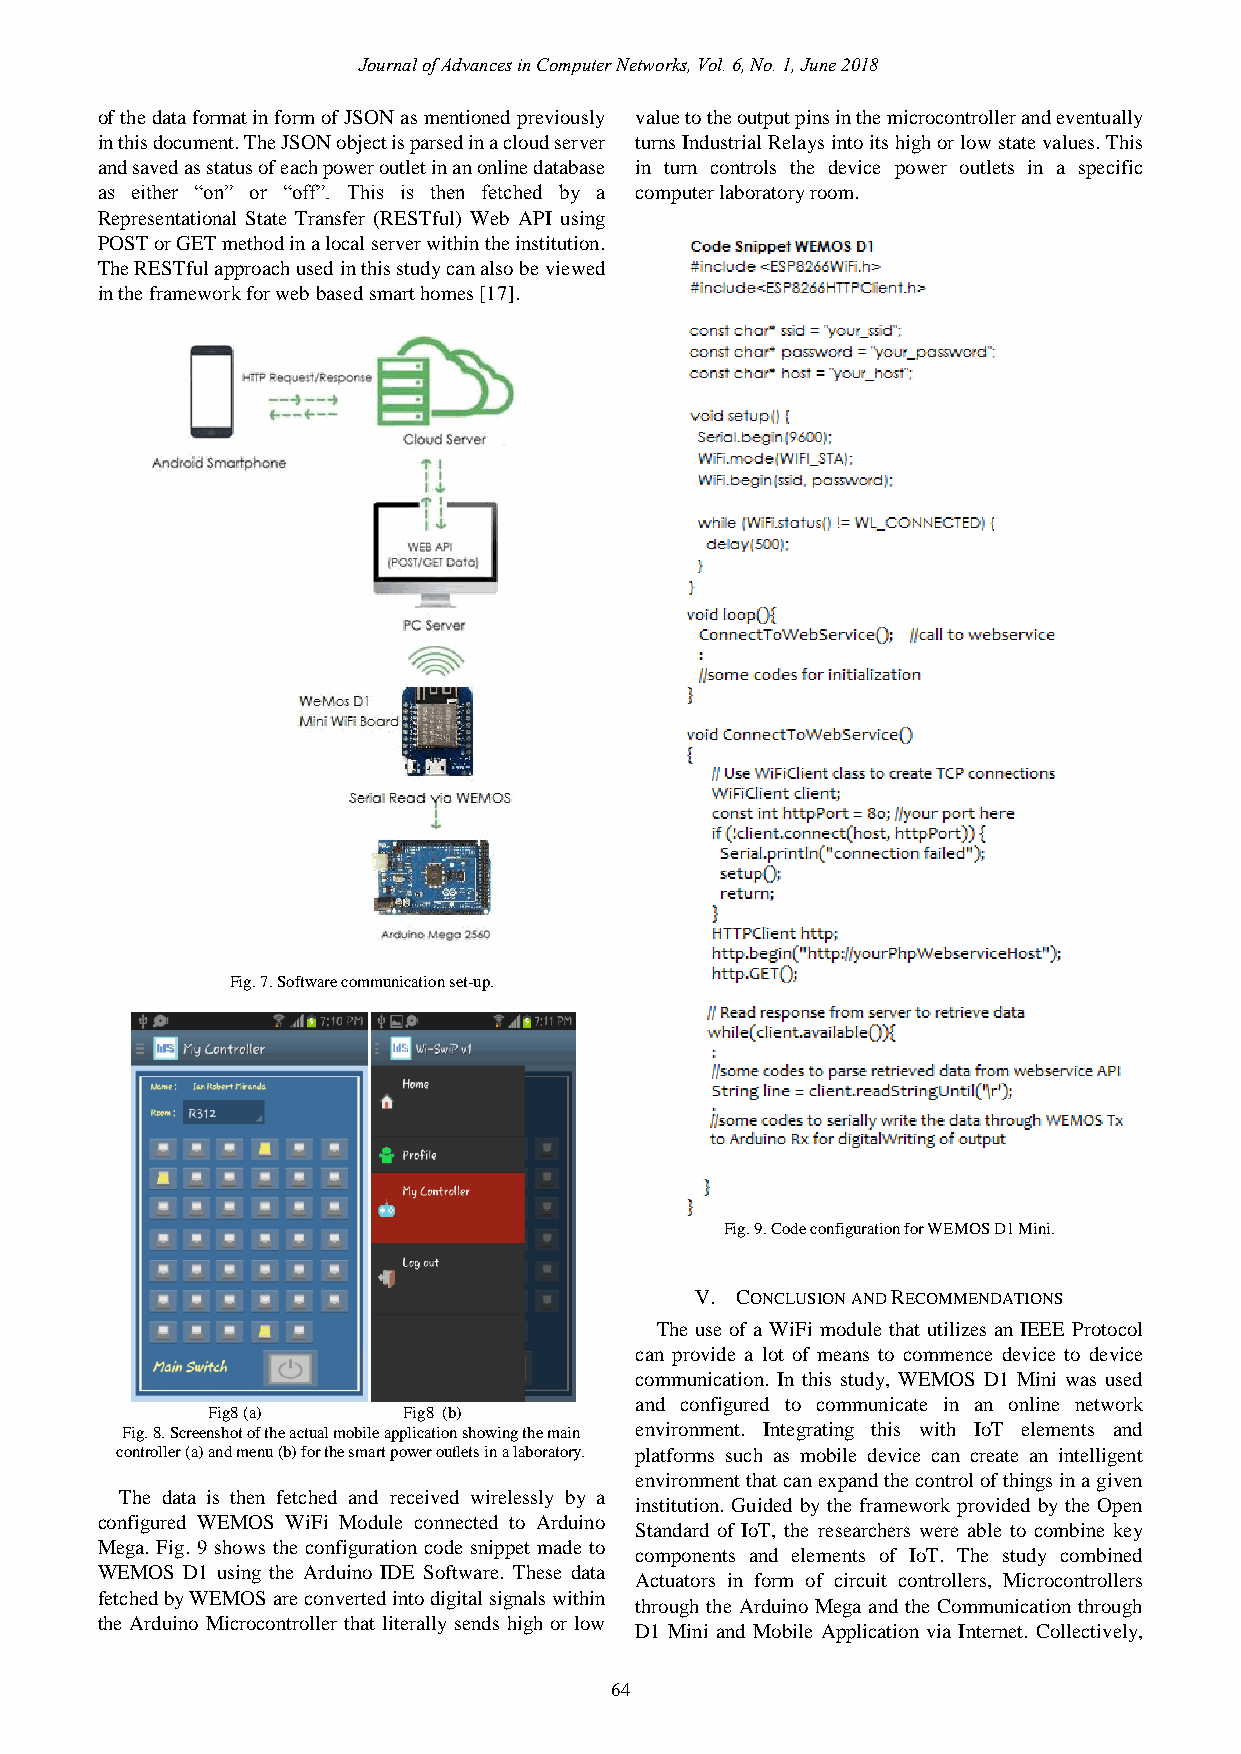
Journal of Advances in Computer Networks, Vol. 6, No. 1, June 2018
 of the data format in form of JSON as mentioned previously value to the output pins in the microcontroller and eventually
 in this document. The JSON object is parsed in a cloud server turns Industrial Relays into its high or low state values. This
 and saved as status of each power outlet in an online database in turn controls the device power outlets in a specific
 as either “on” or “off”. This is then fetched by a computer laboratory room.
 Representational State Transfer (RESTful) Web API using
 POST or GET method in a local server within the institution.
 The RESTful approach used in this study can also be viewed
 in the framework for web based smart homes [17].
 Fig. 7. Software communication set-up.
 Fig. 9. Code configuration for WEMOS D1 Mini.
 V. CONCLUSION AND RECOMMENDATIONS
 The use of a WiFi module that utilizes an IEEE Protocol
 can provide a lot of means to commence device to device
 communication. In this study, WEMOS D1 Mini was used
 and configured to communicate in an online network
 Fig8 (a)     Fig8 (b)
 Fig. 8. Screenshot of the actual mobile application showing the main environment. Integrating this with IoT elements and
 controller (a) and menu (b) for the smart power outlets in a laboratory. platforms such as mobile device can create an intelligent
 environment that can expand the control of things in a given
 The data is then fetched and received wirelessly by a
 institution. Guided by the framework provided by the Open
 configured WEMOS WiFi Module connected to Arduino
 Standard of IoT, the researchers were able to combine key
 Mega. Fig. 9 shows the configuration code snippet made to
 components and elements of IoT. The study combined
 WEMOS D1 using the Arduino IDE Software. These data
 Actuators in form of circuit controllers, Microcontrollers
 fetched by WEMOS are converted into digital signals within
 through the Arduino Mega and the Communication through
 the Arduino Microcontroller that literally sends high or low
 D1 Mini and Mobile Application via Internet. Collectively,
 64